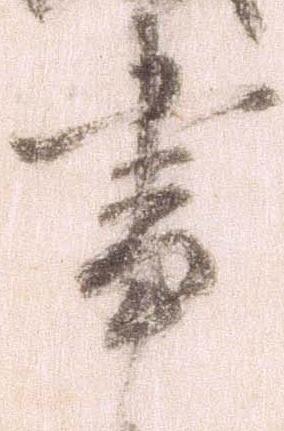
事